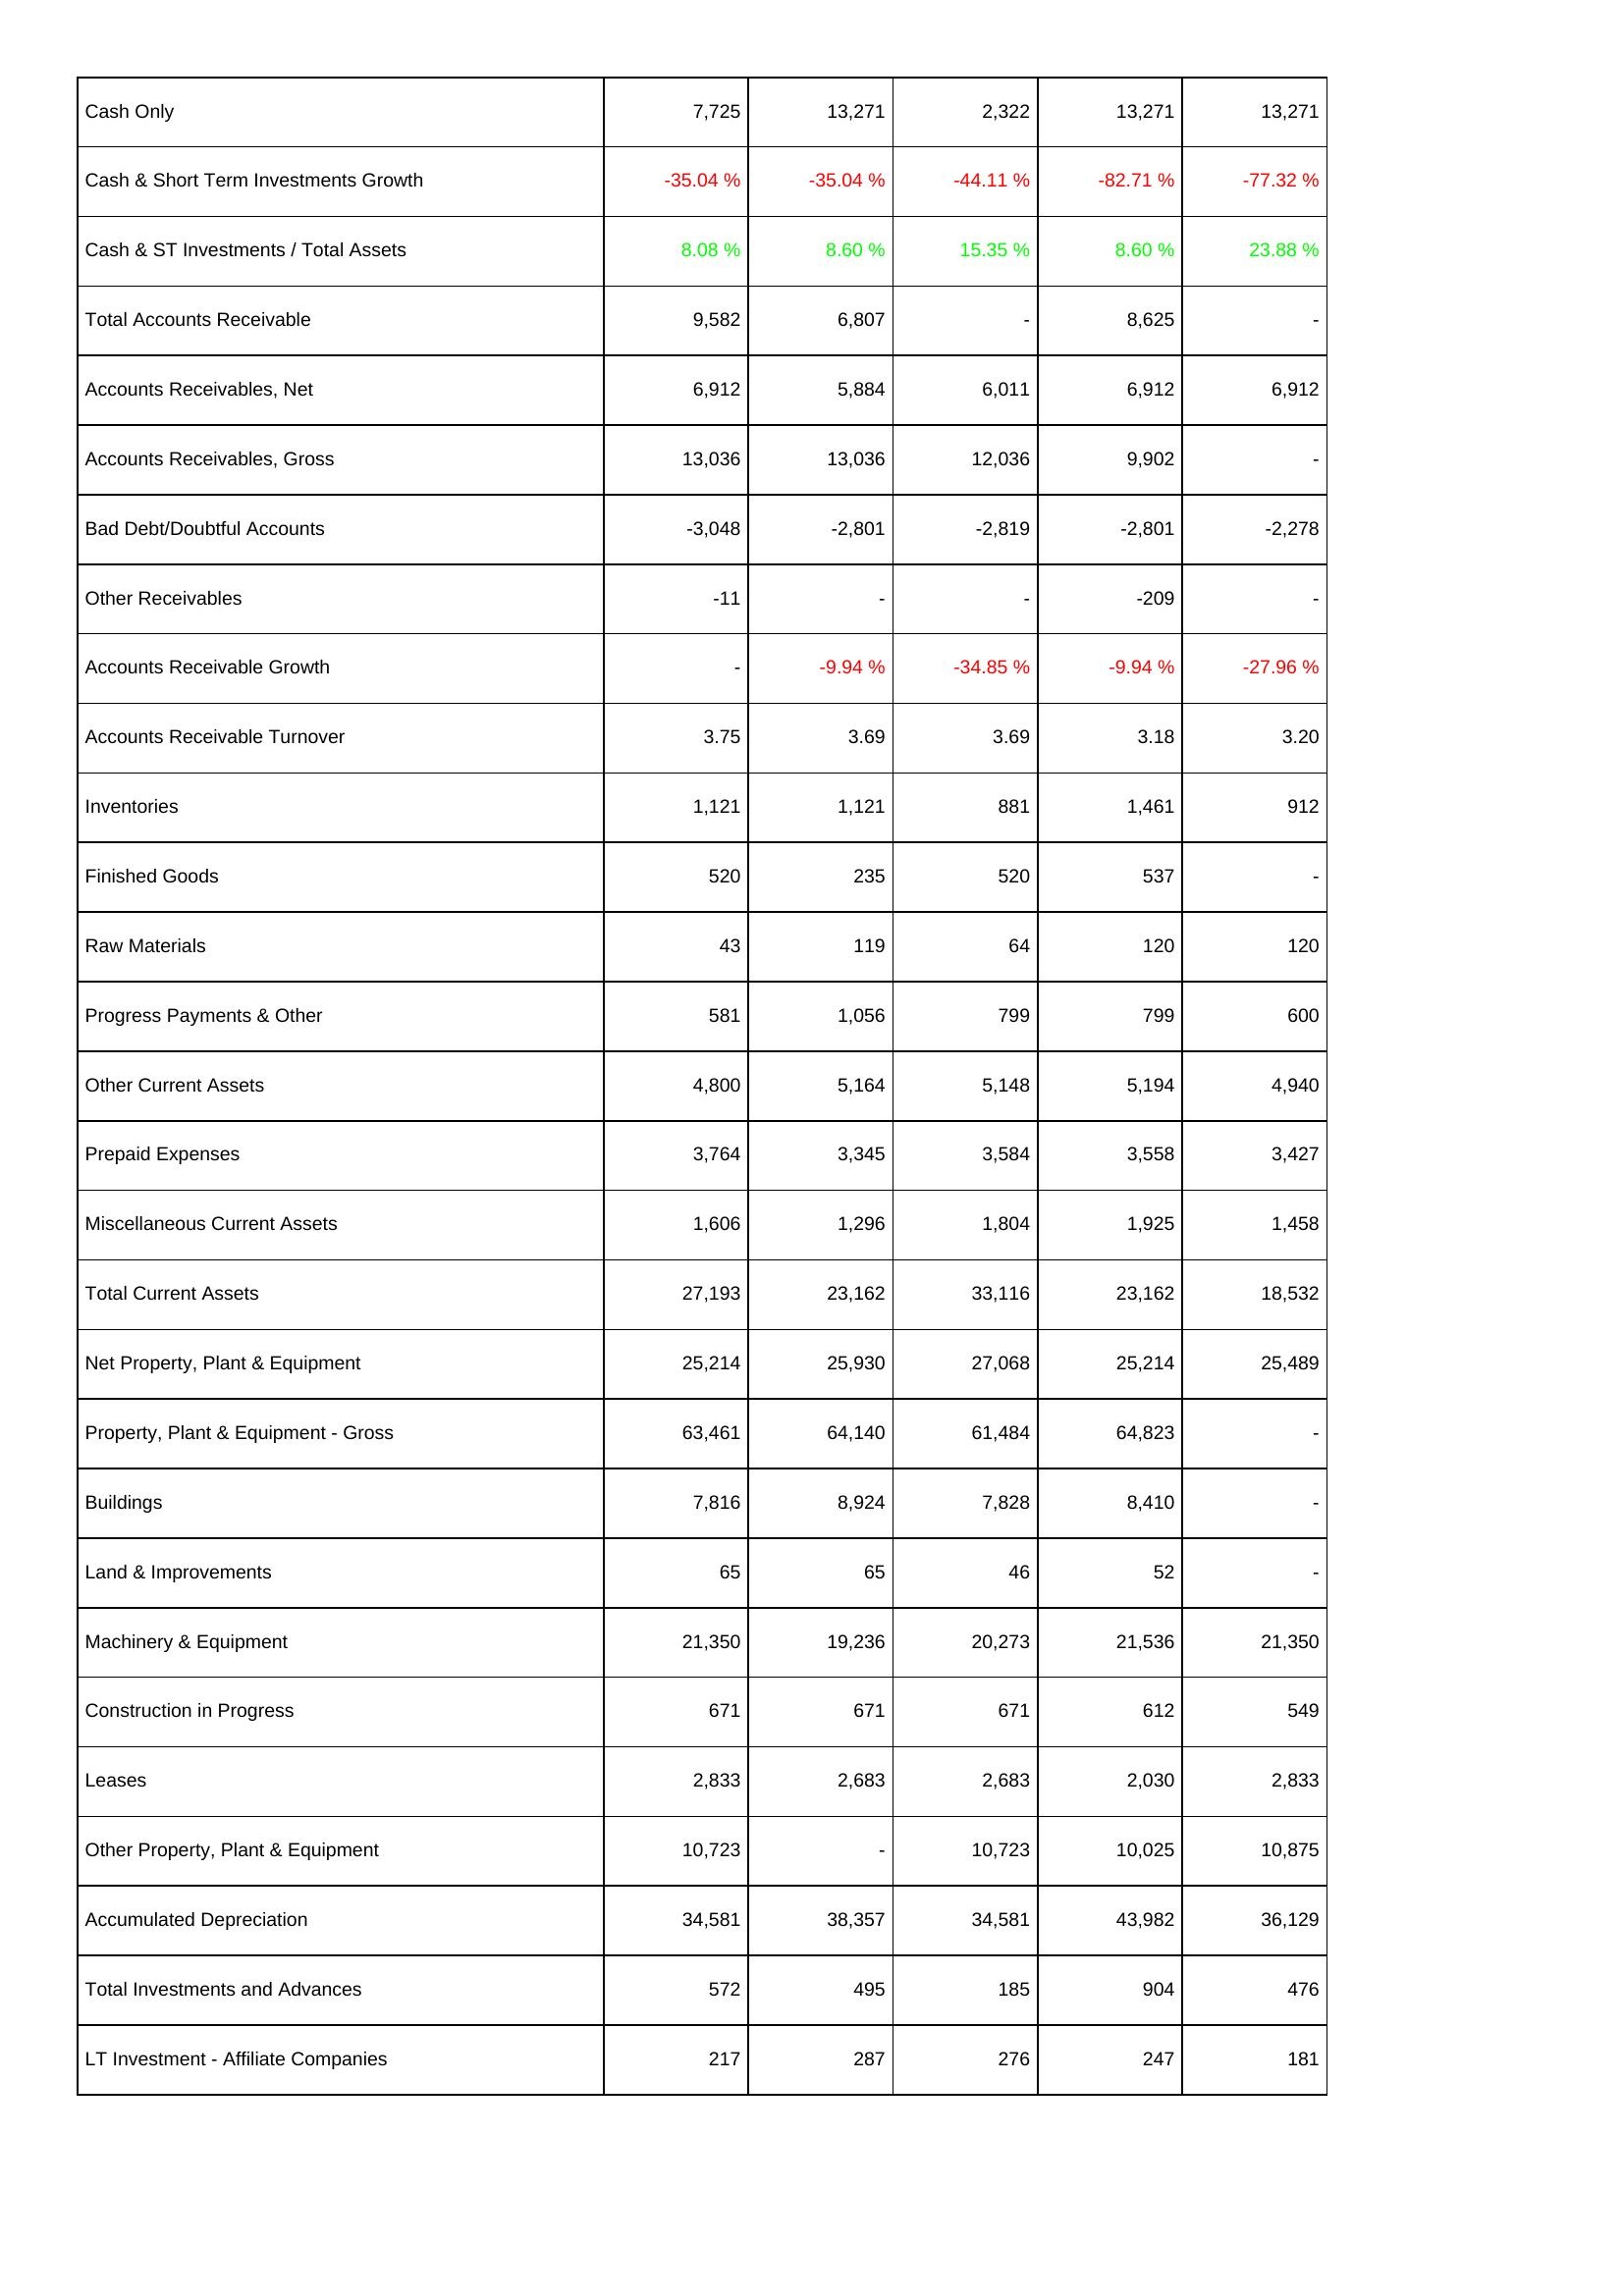
2014: Assets: Cash Only: 7,725
Cash & Short Term Investments Growth: -35.04 %
Cash & ST Investments / Total Assets: 8.08 %
Total Accounts Receivable: 9,582
Accounts Receivables, Net: 6,912
Accounts Receivables, Gross: 13,036
Bad Debt/Doubtful Accounts: -3,048
Other Receivables: -11
Accounts Receivable Growth: -
Accounts Receivable Turnover: 3.75
Inventories: 1,121
Finished Goods: 520
Raw Materials: 43
Progress Payments & Other: 581
Other Current Assets: 4,800
Prepaid Expenses: 3,764
Miscellaneous Current Assets: 1,606
Total Current Assets: 27,193
Net Property, Plant & Equipment: 25,214
Property, Plant & Equipment - Gross: 63,461
Buildings: 7,816
Land & Improvements: 65
Machinery & Equipment: 21,350
Construction in Progress: 671
Leases: 2,833
Other Property, Plant & Equipment: 10,723
Accumulated Depreciation: 34,581
Total Investments and Advances: 572
LT Investment - Affiliate Companies: 217
2015: Assets: Cash Only: 13,271
Cash & Short Term Investments Growth: -35.04 %
Cash & ST Investments / Total Assets: 8.60 %
Total Accounts Receivable: 6,807
Accounts Receivables, Net: 5,884
Accounts Receivables, Gross: 13,036
Bad Debt/Doubtful Accounts: -2,801
Other Receivables: -
Accounts Receivable Growth: -9.94 %
Accounts Receivable Turnover: 3.69
Inventories: 1,121
Finished Goods: 235
Raw Materials: 119
Progress Payments & Other: 1,056
Other Current Assets: 5,164
Prepaid Expenses: 3,345
Miscellaneous Current Assets: 1,296
Total Current Assets: 23,162
Net Property, Plant & Equipment: 25,930
Property, Plant & Equipment - Gross: 64,140
Buildings: 8,924
Land & Improvements: 65
Machinery & Equipment: 19,236
Construction in Progress: 671
Leases: 2,683
Other Property, Plant & Equipment: -
Accumulated Depreciation: 38,357
Total Investments and Advances: 495
LT Investment - Affiliate Companies: 287
2016: Assets: Cash Only: 2,322
Cash & Short Term Investments Growth: -44.11 %
Cash & ST Investments / Total Assets: 15.35 %
Total Accounts Receivable: -
Accounts Receivables, Net: 6,011
Accounts Receivables, Gross: 12,036
Bad Debt/Doubtful Accounts: -2,819
Other Receivables: -
Accounts Receivable Growth: -34.85 %
Accounts Receivable Turnover: 3.69
Inventories: 881
Finished Goods: 520
Raw Materials: 64
Progress Payments & Other: 799
Other Current Assets: 5,148
Prepaid Expenses: 3,584
Miscellaneous Current Assets: 1,804
Total Current Assets: 33,116
Net Property, Plant & Equipment: 27,068
Property, Plant & Equipment - Gross: 61,484
Buildings: 7,828
Land & Improvements: 46
Machinery & Equipment: 20,273
Construction in Progress: 671
Leases: 2,683
Other Property, Plant & Equipment: 10,723
Accumulated Depreciation: 34,581
Total Investments and Advances: 185
LT Investment - Affiliate Companies: 276
2017: Assets: Cash Only: 13,271
Cash & Short Term Investments Growth: -82.71 %
Cash & ST Investments / Total Assets: 8.60 %
Total Accounts Receivable: 8,625
Accounts Receivables, Net: 6,912
Accounts Receivables, Gross: 9,902
Bad Debt/Doubtful Accounts: -2,801
Other Receivables: -209
Accounts Receivable Growth: -9.94 %
Accounts Receivable Turnover: 3.18
Inventories: 1,461
Finished Goods: 537
Raw Materials: 120
Progress Payments & Other: 799
Other Current Assets: 5,194
Prepaid Expenses: 3,558
Miscellaneous Current Assets: 1,925
Total Current Assets: 23,162
Net Property, Plant & Equipment: 25,214
Property, Plant & Equipment - Gross: 64,823
Buildings: 8,410
Land & Improvements: 52
Machinery & Equipment: 21,536
Construction in Progress: 612
Leases: 2,030
Other Property, Plant & Equipment: 10,025
Accumulated Depreciation: 43,982
Total Investments and Advances: 904
LT Investment - Affiliate Companies: 247
2018: Assets: Cash Only: 13,271
Cash & Short Term Investments Growth: -77.32 %
Cash & ST Investments / Total Assets: 23.88 %
Total Accounts Receivable: -
Accounts Receivables, Net: 6,912
Accounts Receivables, Gross: -
Bad Debt/Doubtful Accounts: -2,278
Other Receivables: -
Accounts Receivable Growth: -27.96 %
Accounts Receivable Turnover: 3.20
Inventories: 912
Finished Goods: -
Raw Materials: 120
Progress Payments & Other: 600
Other Current Assets: 4,940
Prepaid Expenses: 3,427
Miscellaneous Current Assets: 1,458
Total Current Assets: 18,532
Net Property, Plant & Equipment: 25,489
Property, Plant & Equipment - Gross: -
Buildings: -
Land & Improvements: -
Machinery & Equipment: 21,350
Construction in Progress: 549
Leases: 2,833
Other Property, Plant & Equipment: 10,875
Accumulated Depreciation: 36,129
Total Investments and Advances: 476
LT Investment - Affiliate Companies: 181